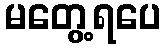
မတွေ့ရပေ